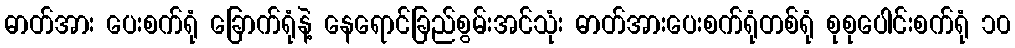
ဓာတ်အား ပေးစက်ရုံ ခြောက်ရုံနဲ့ နေရောင်ခြည်စွမ်းအင်သုံး ဓာတ်အားပေးစက်ရုံတစ်ရုံ စုစုပေါင်းစက်ရုံ ၁၀